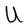
Character: U